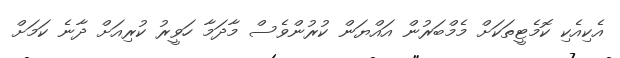
އެކިއެކި ކޮމެޓީތަކަށް މެމްބަރުން އައްޔަން ކުރުންވެސް މާދަމާ ހަވީރު ކުރިއަށް ދާނެ ކަމަށް